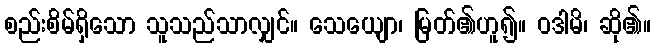
စည်းစိမ်ရှိသော သူသည်သာလျှင်။ သေယျော၊ မြတ်၏ဟူ၍။ ဝဒါမိ၊ ဆို၏။